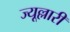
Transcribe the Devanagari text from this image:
ज्यूल्लारी